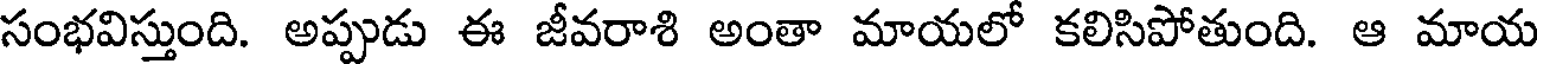
సంభవిస్తుంది. అప్పుడు ఈ జీవరాశి అంతా మాయలో కలిసిపోతుంది. ఆ మాయ